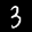
Label: 3